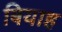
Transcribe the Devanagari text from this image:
बियाह